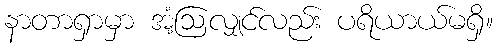
နာတာရှာမှာ အံ့ဩလျှင်လည်း ပရိယာယ်မရှိ။